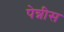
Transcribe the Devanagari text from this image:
पेन्नीस